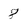
Character: 8